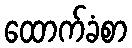
ထောက်ခံစာ